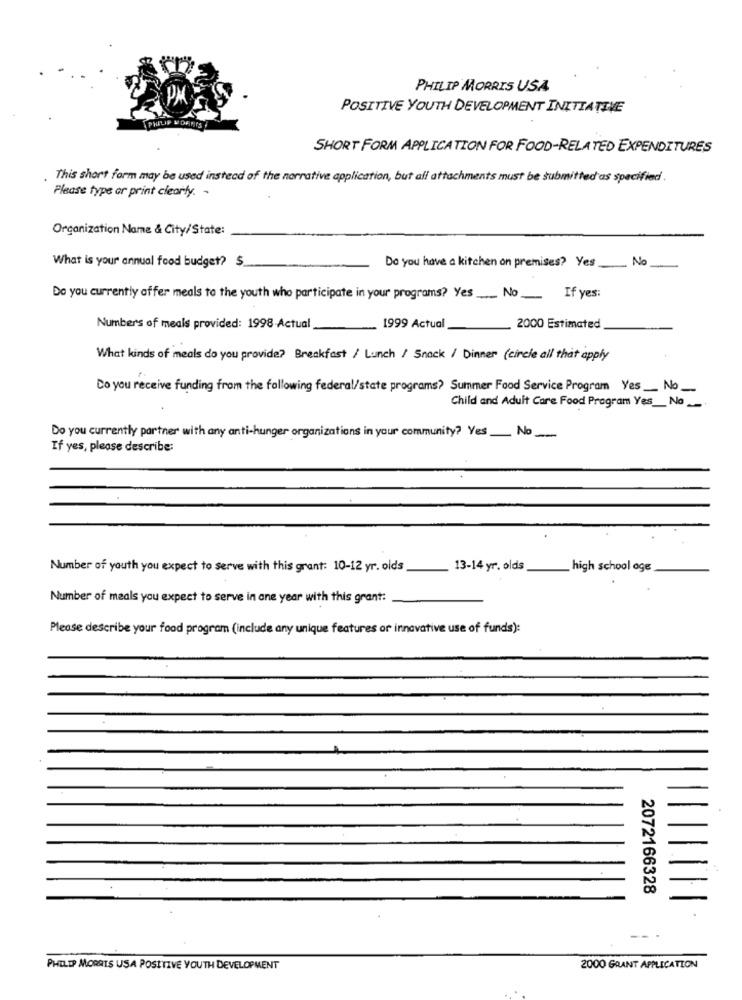
PHILIP MORRIS USA
POSITIVE YOUTH DEVELOPMENT INITIATIVE
SHORT FORM APPLICATION FOR FOOD-RELATED EXPENDITURES
This short form may be used instead of the narrative application, but all attachments must be submitted as specified .
Please type or print clearly. -
Organization Name & City/State:
What is your annual food budget? $.
Do you have a kitchen on premises? Yes __ No
Do you currently offer meals to the youth who participate in your programs? yes __ No_
If yes:
Numbers of meals provided: 1998-Actual
1999 Actual
_ 2000 Estimated
What kinds of meals do you provide? Breakfast / Lunch / Snack / Dinner (circle all that apply
Co you receive funding from the following federal/state programs? Summer Food Service Program Yes ___ No_
Child and Adult Care Food Program Yes __ No _-
Do you currently partner with any anti-hunger organizations in your community? Yes No
If yes, please describe:
Number of youth you expect to serve with this grant: 10-12 yr. olds
13-14 yr. olds
high school oge
Number of meals you expect to serve in ane year with this grant:
Please describe your food program (include any unique features or innovative use of funds):
2072166328
PHILIP MORRIS USA POSITIVE YOUTH DEVELOPMENT
2000 GRANT APPLICATION